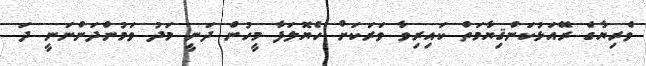
ވެރިޔާގެ ރޭއަޅުކަންޤިޔާމަތް ކައިރިވާ ވަރަކަށް ހެޔޮލަފާ މީހުން ދަނީ މަދު ވަމުންދަންނަނީ ދަ